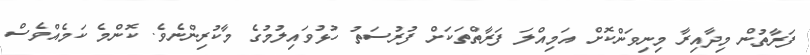
ފަރާތުން މިދާއިރާ މިނިވަންކޮށް އަމިއްލަ ފަރާތްތަކަށް ފުރުސަތު ހުޅުވައިލުމުގެ މާކުރިންނެވެ. ކޮންމެ ކަމެއްވެސް